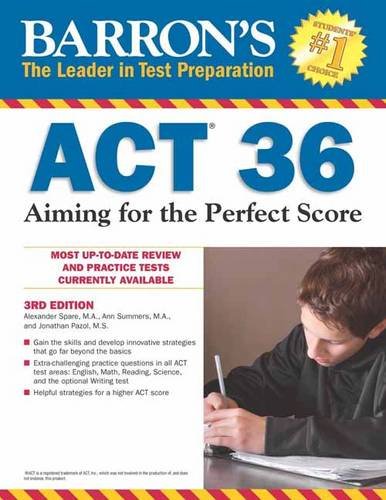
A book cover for Barron's ACT 36, 3rd Edition: Aiming for the Perfect Score; Ann Summers M.A.; Test Preparation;